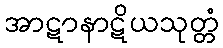
အာဋာနာဋိယသုတ္တံ